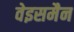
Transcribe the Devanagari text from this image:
वेइसमैन